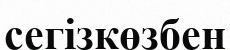
сегізкөзбен